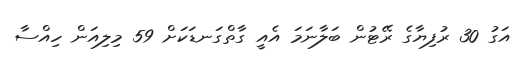
އަގު 30 ރުފިޔާގެ ރޭޓުން ބަލާނަމަ އެއީ ގާތްގަނޑަކަށް 59 މިލިއަން ހިއްސާ